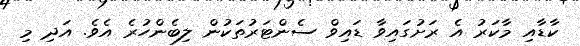
ކާޑާއި މާކަރު އެ ރަށުގައިވާ ޑައިވް ސެންޓަރުތަކުން ލިބެންހުރެ އެވެ. އަދި މި